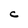
Character: C